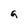
Character: a